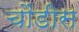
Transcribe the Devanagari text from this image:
चौंडीस